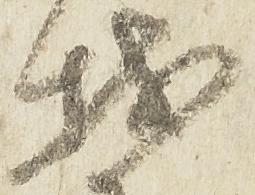
我